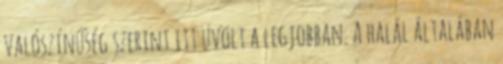
valószínűség szerint itt üvölt a legjobban. A halál általában